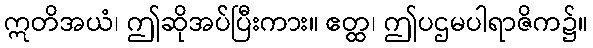
ဣတိအယံ၊ ဤဆိုအပ်ပြီးကား။ ဧတ္ထ၊ ဤပဌမပါရာဇိက၌။